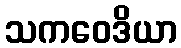
သကဝေဒိယာ